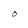
Character: 0